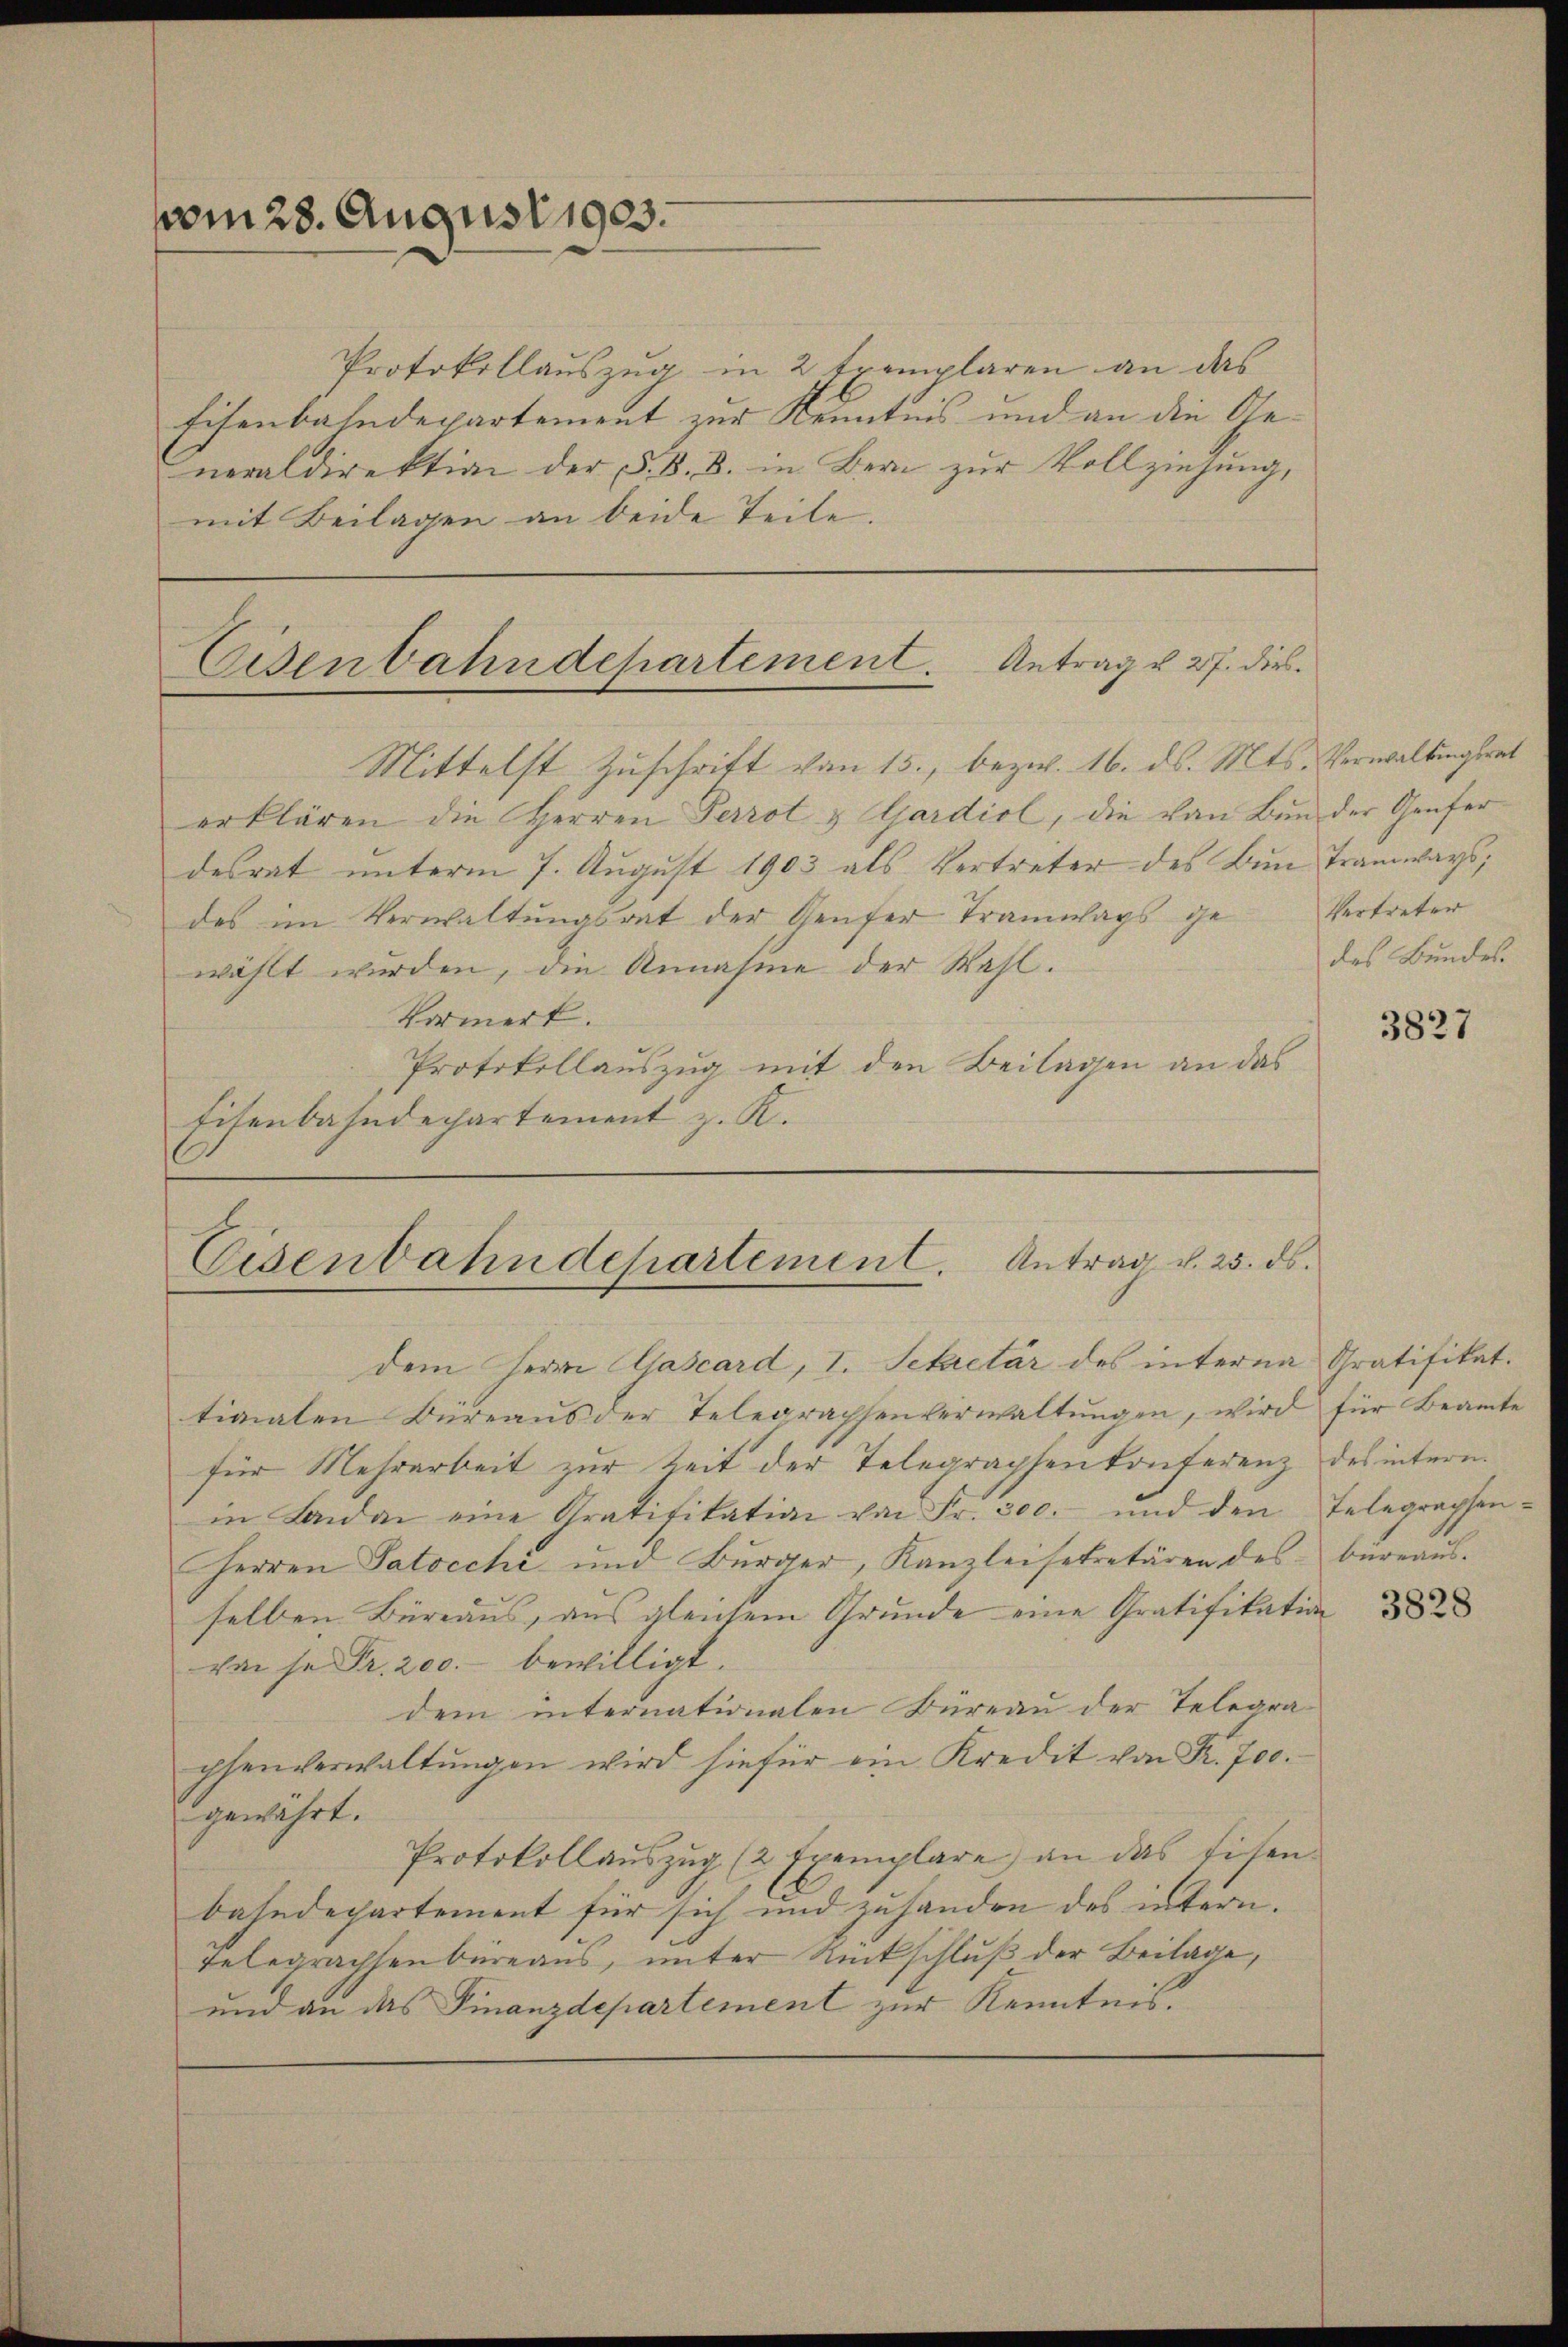
vom 28. August 1903.

Protokollauszug in 2 tremplaren an das
Eisenbahndepartement zur Kenntnis und an die Generaldirektion der §. B. B. in Bern zur Vollziehung,
mit Beilagen an beide Teile.

erklären die Herren Perrot & Gardiol, die von Bun der Genferdesrat unterm 7. August 1903 als Vertreter des Bun- Tramways,
des im Verwaltungsrat der Genfer Tramwags ge
wählt wurden, die Annahme der Wahl.
Vormerk.
Protokollauszug mit den Beilagen an das
Eisenbahndepartement z. K.

Eisenbahndepartement. Antrag u. 27. die
Mittelst Zuschrift von 15., bezw. 16. ds. Mts. Verwaltungsrat

Eisenbahndepartement. Antrag d. 25. ds.
dem Herrn Gascard, I. Sekretär des interna Gratifikat.

tionalen Büreaŭs der Telegraphenverwaltŭngen, wird für Beamte
für Mehrarbeit zur Zeit der Telegraphen konferenz des intern.
in Landan eine Gratifikation von Fr. 300.- und den Telegraphen-
Herren Patocchi und Bürger, Kanzleisekretären des büreaŭs.
selben Büreaus, aus gleichem Grunde eine Gratifikation
von je Fr. 200.- bewilligt.
dem internationalen Büreau der Telegraphenverwaltŭngen wird hiefür ein Kredit von R. 700.
gewährt.
Protokoll aŭszŭg (2 Exemplare an das Eisen-
bahndepartement für sich und zuhanden des intern.
Telegrachsenbüreaus, unter Rückschluß der Beilage,
und an das Finanzdepartement zur Kenntnis.

Vertreter
des Bundes.

3827

3828